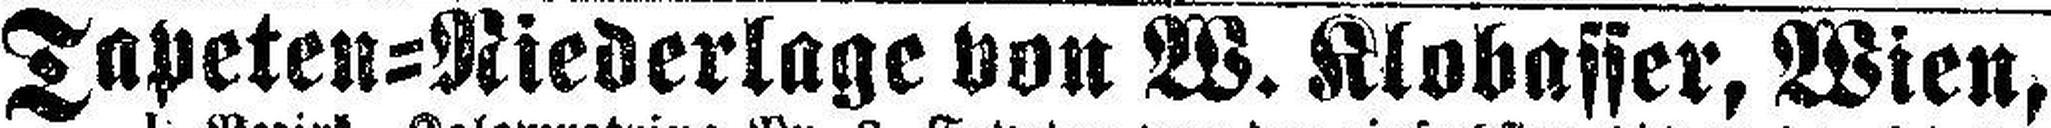
Tapeten=Niederlage von W. Klobasser, Wien,